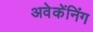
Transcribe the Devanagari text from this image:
अवेकेंनिंग